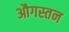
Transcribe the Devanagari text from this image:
औगस्तन